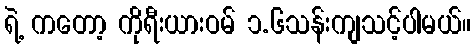
ရဲ့ ကတော့ ကိုရီးယားဝမ် ၁.၆သန်းကျသင့်ပါမယ်။